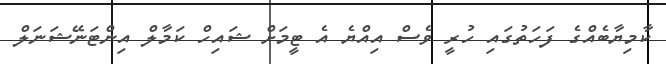
ކާމިޔާބެއްގެ ފަހަތުގައި ހުރީ ވެސް އިއްޔެ އެ ޓީމަށް ޝައިހް ކަމާލް އިންޓަނޭޝަނަލް